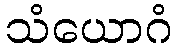
သံယောဂံ